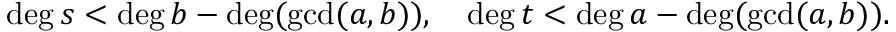
\deg s < \deg b - \deg ( \operatorname* { g c d } ( a , b ) ) , \quad \deg t < \deg a - \deg ( \operatorname* { g c d } ( a , b ) ) .